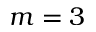
m = 3